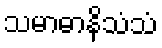
သမာဓာနိသံသံ